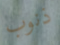
ذنوب